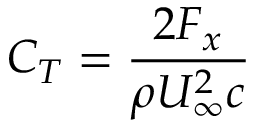
C _ { T } = \frac { 2 F _ { x } } { \rho U _ { \infty } ^ { 2 } c }